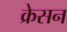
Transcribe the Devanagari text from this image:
क्रेसन